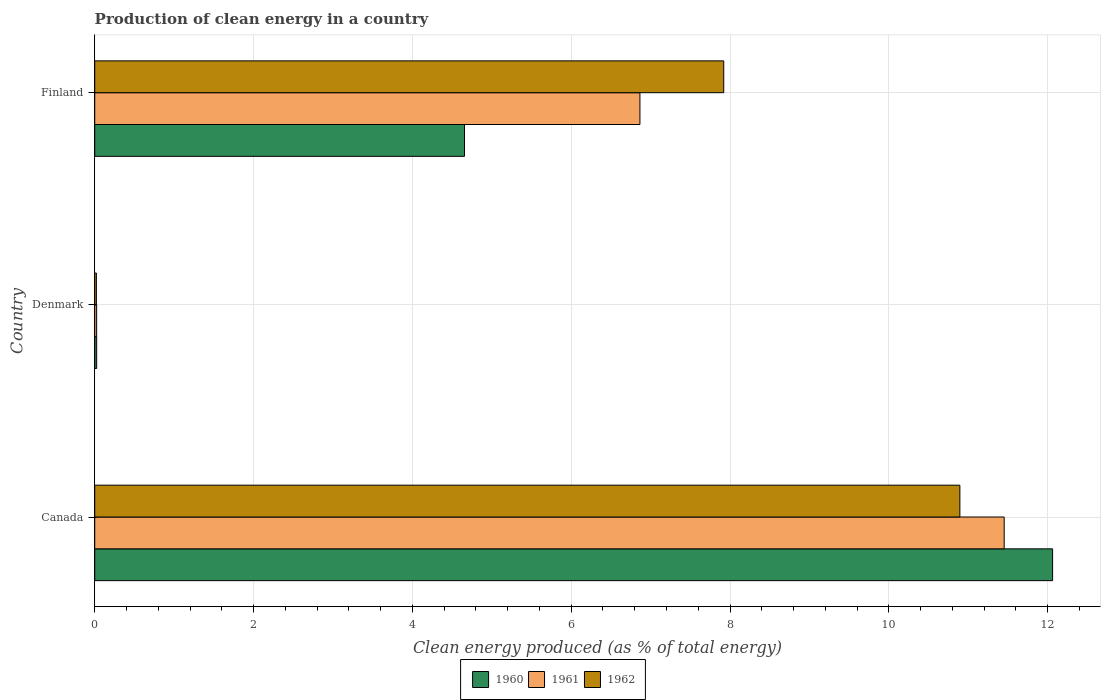
| Country | 1960 | 1961 | 1962 |
 | --- | --- | --- | --- |
 | Canada | 12.1 | 11.5 | 10.9 |
 | Denmark | 0.0244 | 0.024 | 0.021 |
 | Finland | 4.66 | 6.87 | 7.92 |